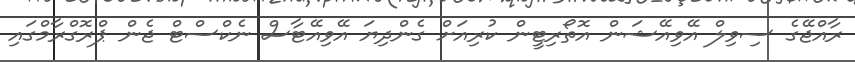
ރާއްޖޭގެ ސިވިލް އޭވިއޭޝަން އޮތޯރިޓީން ކުރިއަށް ގެންދިޔަ އޭވިއޭޓާސް ނެކްސްޓް ޖެން ޕްރޮގްރާމްގައި